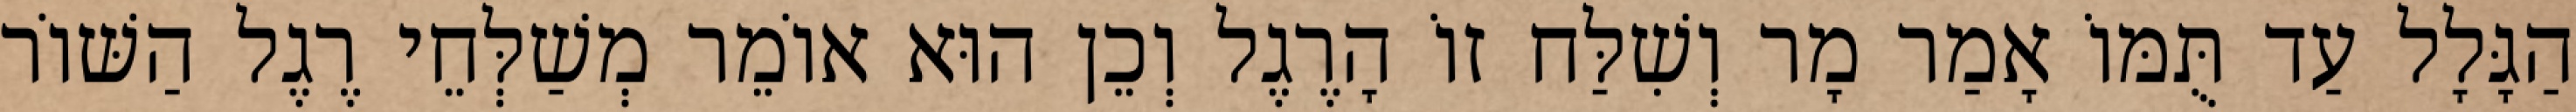
הַגָּלָל עַד תֻּמּוֹ אָמַר מָר וְשִׁלַּח זוֹ הָרֶגֶל וְכֵן הוּא אוֹמֵר מְשַׁלְּחֵי רֶגֶל הַשּׁוֹר